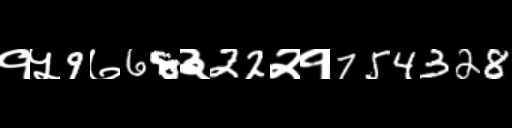
Text: १५9७68३22२१754328